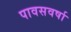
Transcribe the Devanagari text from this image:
पावसवर्षा